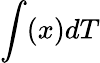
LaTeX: \int(x)dT